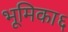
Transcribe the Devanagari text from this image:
भूमिका६